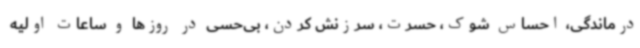
درماندگی، احساس شوک، حسرت، سرزنش کردن، بی‌حسی در روزها و ساعات اولیه